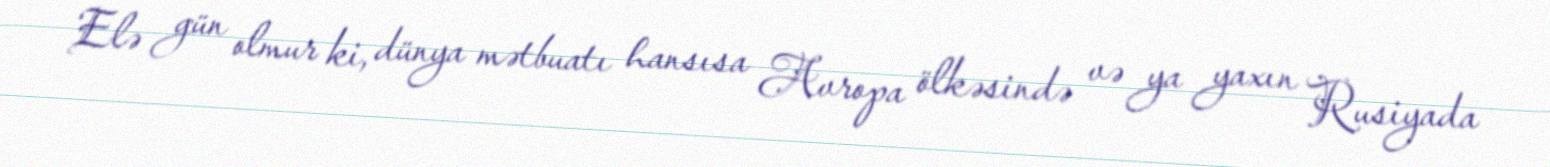
Elə gün olmur ki, dünya mətbuatı hansısa Avropa ölkəsində və ya yaxın Rusiyada